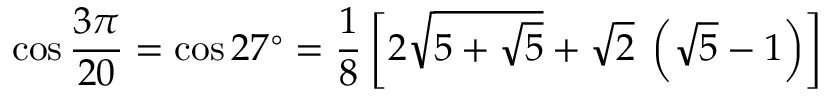
\cos { \frac { 3 \pi } { 2 0 } } = \cos 2 7 ^ { \circ } = { \frac { 1 } { 8 } } \left[ 2 { \sqrt { 5 + { \sqrt { 5 } } } } + { \sqrt { 2 } } \; \left( { \sqrt { 5 } } - 1 \right) \right]